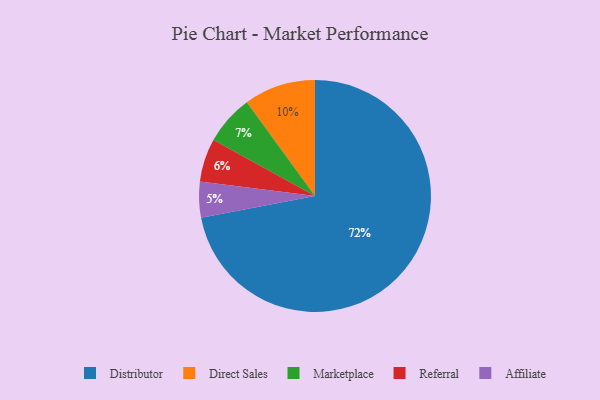
{"axis": {"x": "Category", "y": "Percentage"}, "legend": ["Affiliate", "Direct Sales", "Distributor", "Marketplace", "Referral"], "data": [{"x": "Affiliate", "y": 5, "type": "Affiliate"}, {"x": "Marketplace", "y": 7, "type": "Marketplace"}, {"x": "Direct Sales", "y": 10, "type": "Direct Sales"}, {"x": "Distributor", "y": 72, "type": "Distributor"}, {"x": "Referral", "y": 6, "type": "Referral"}]}